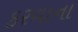
કરવાના